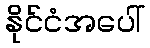
နိုင်ငံအပေါ်